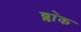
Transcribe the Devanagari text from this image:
ब्ला॓क